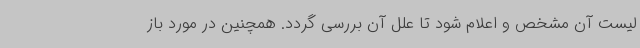
لیست آن مشخص و اعلام شود تا علل آن بررسی گردد. همچنین در مورد باز